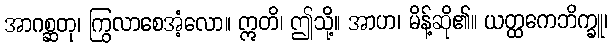
အာဂစ္ဆတု၊ ကြွလာစေအံ့လော။ ဣတိ၊ ဤသို့။ အာဟ၊ မိန့်ဆို၏။ ယတ္ထကေဘိက္ခူ၊